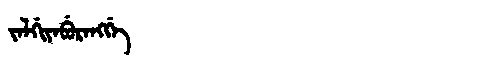
Manchu: ᠵᠠᠯᡤᡳᠶᠠᠪᡠᡵᠠᠩᡤᡝ
Romanization: JALGIYABURANGGE